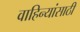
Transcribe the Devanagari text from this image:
वाहिन्यांसाठी